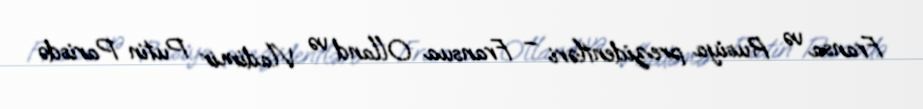
Fransa və Rusiya prezidentləri – Fransua Olland və Vladimir Putin Parisdə